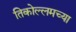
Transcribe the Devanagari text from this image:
तिकोल्लमच्या